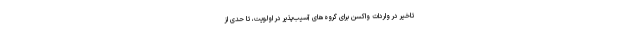
تاخیر در واردات واکسن برای گروه‌های آسیب‌پذیر در اولویت، تا حدی از